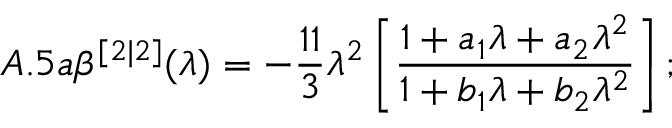
A . 5 a \beta ^ { [ 2 | 2 ] } ( \lambda ) = - \frac { 1 1 } { 3 } \lambda ^ { 2 } \left[ \frac { 1 + a _ { 1 } \lambda + a _ { 2 } \lambda ^ { 2 } } { 1 + b _ { 1 } \lambda + b _ { 2 } \lambda ^ { 2 } } \right] ;